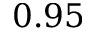
0 . 9 5